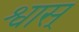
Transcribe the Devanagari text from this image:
श्वास्